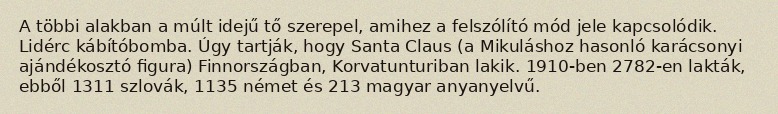
A többi alakban a múlt idejű tő szerepel, amihez a felszólító mód jele kapcsolódik. Lidérc kábítóbomba. Úgy tartják, hogy Santa Claus (a Mikuláshoz hasonló karácsonyi ajándékosztó figura) Finnországban, Korvatunturiban lakik. 1910-ben 2782-en lakták, ebből 1311 szlovák, 1135 német és 213 magyar anyanyelvű.